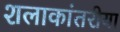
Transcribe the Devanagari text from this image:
शलाकांतरीया